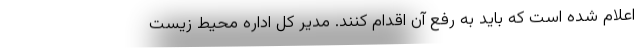
اعلام شده است که باید به رفع آن اقدام کنند. مدیر کل اداره محیط زیست